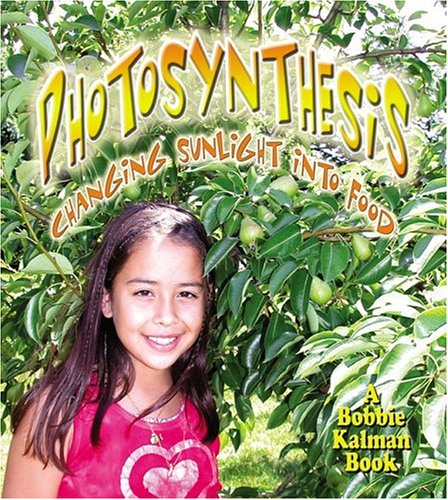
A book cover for Photosynthesis: Changing Sunlight Into Food (Nature's Changes); Bobbie Kalman; Children's Books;